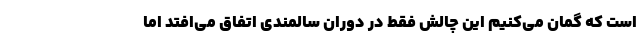
است که گمان می‌کنیم این چالش فقط در دوران سالمندی اتفاق می‌افتد اما